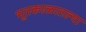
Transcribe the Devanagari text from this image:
भूतकाळातल्या